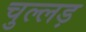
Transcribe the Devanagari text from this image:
चुल्लड़